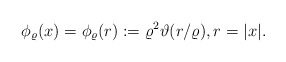
\begin{align*} \phi_\varrho(x) = \phi_\varrho(r) := \varrho^2 \vartheta(r/\varrho), r=|x|.\end{align*}